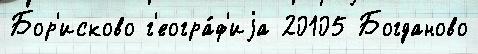
Бор'исково г'еогра́ф'иjа 20105 Богданово